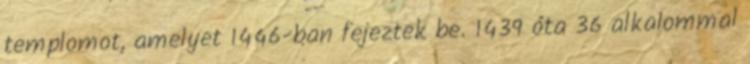
templomot, amelyet 1446-ban fejeztek be. 1439 óta 36 alkalommal